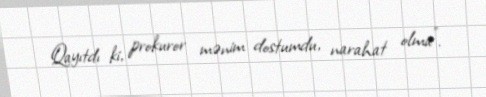
Qayıtdı ki, prokuror mənim dostumdu, narahat olma”.